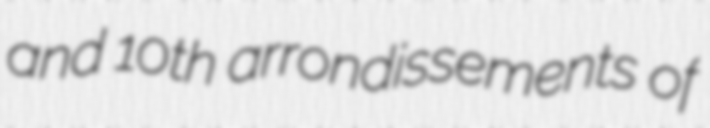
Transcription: and 10th arrondissements of